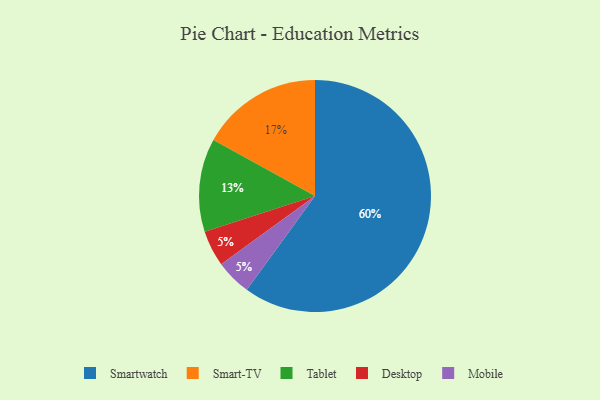
{"axis": {"x": "Category", "y": "Percentage"}, "legend": ["Desktop", "Mobile", "Smart-TV", "Smartwatch", "Tablet"], "data": [{"x": "Desktop", "y": 5, "type": "Desktop"}, {"x": "Smart-TV", "y": 17, "type": "Smart-TV"}, {"x": "Tablet", "y": 13, "type": "Tablet"}, {"x": "Mobile", "y": 5, "type": "Mobile"}, {"x": "Smartwatch", "y": 60, "type": "Smartwatch"}]}